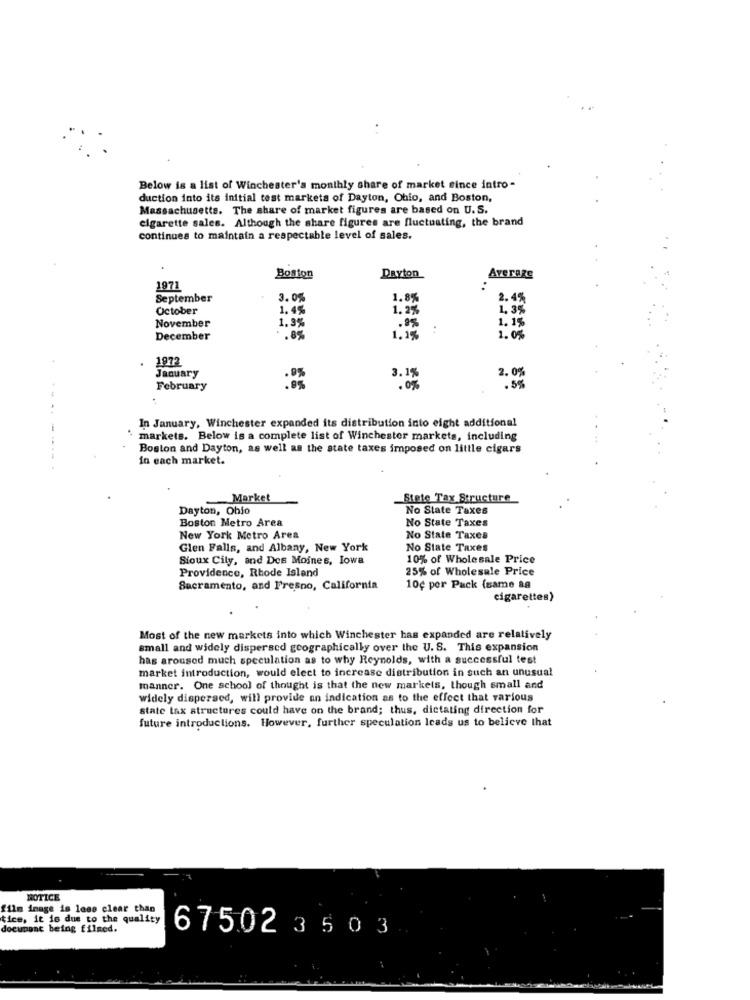
Below is a list of Winchester's monthly share of market since intro -
duction into its initial test markets of Dayton, Ohio, and Boston,
Massachusetts. The share of market figures are based on U.S.
cigarette sales. Although the share figures are fluctuating, the brand
continues to maintain a respectable level of sales.
Boston
Dayton
Average
1971
September
3. 05
1.8%
2.45
October
1.45
1.2%
1.35
1.3%
1.15
November
December
.. 8%
1.1%
1.0%
1972
2.0%
January
3.1%
February
. 0%
.5%
In January, Winchester expanded its distribution into eight additional
' markets. Below is a complete list of Winchester markets, including
Boston and Dayton, as well as the state taxes imposed on little cigars
in each market.
Market
Stete Tax Structure
Dayton, Ohio
No State Taxes
Boston Metro Area
No State Taxes
New York Metro Area
No State Taxes
Glen Falls, and Albany, New York
No State Taxes
Sioux Cily, and Des Moines, Iowa
10% of Wholesale Price
Providence, Rhode Island
25% of Wholesale Price
Sacramento, and Fresno, California
10¢ per Pack (same ag
cigarettes)
Most of the new markets into which Winchester has expanded are relatively
small and widely dispersed geographically over the U. S. This expansion
has aroused much speculation as to why Reynolds, with a successful test
market introduction, would elect to increase distribution in such an unusual
manner. One school of thought is that the new markets, though small and
widely dispersed, will provide an indication as to the effect that various
state tax structures could have on the brand; thus, dictating direction for
future introductions. However, further speculation leads us to believe that
NOTICE
film image is less clear than
tice, it is due to the quality
document being filmed.
67502 35 0 3